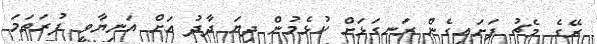
ރޭގެ މެޗު ފަށައިގެން ރަނގަޅަށް ކުޅެމުން ދިޔަ ދާދު އަށް އަނިޔާވީ ފުރަތަމަ